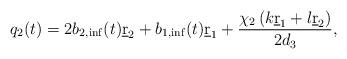
LaTeX: \begin{align*} q_2(t)=2b_{2,\inf}(t)\underbar r_2+b_{1,\inf}(t)\underbar r_1+\frac{\chi_2\left(k\underbar r_1+l\underbar r_2\right)}{2d_3}, \end{align*}